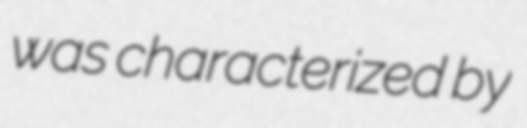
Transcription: was characterized by